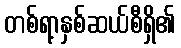
တစ်ရာ့နှစ်ဆယ်စီရှိ၏